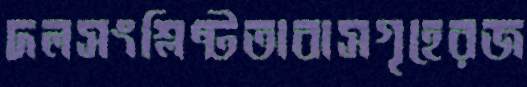
দলসংশ্লিষ্টতাবাসগৃহেরজ